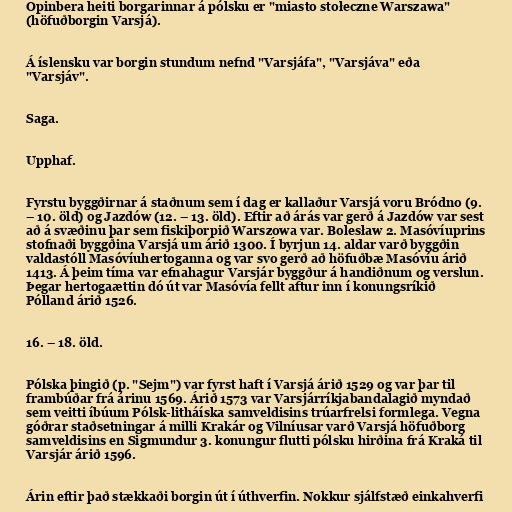
Opinbera heiti borgarinnar á pólsku er "miasto stołeczne Warszawa"
(höfuðborgin Varsjá).

Á íslensku var borgin stundum nefnd "Varsjáfa", "Varsjáva" eða
"Varsjáv".

Saga.

Upphaf.

Fyrstu byggðirnar á staðnum sem í dag er kallaður Varsjá voru Bródno (9.
– 10. öld) og Jazdów (12. – 13. öld). Eftir að árás var gerð á Jazdów var sest
að á svæðinu þar sem fiskiþorpið Warszowa var. Bolesław 2. Masóvíuprins
stofnaði byggðina Varsjá um árið 1300. Í byrjun 14. aldar varð byggðin
valdastóll Masóvíuhertoganna og var svo gerð að höfuðbæ Masóvíu árið
1413. Á þeim tíma var efnahagur Varsjár byggður á handiðnum og verslun.
Þegar hertogaættin dó út var Masóvía fellt aftur inn í konungsríkið
Pólland árið 1526.

16. – 18. öld.

Pólska þingið (p. "Sejm") var fyrst haft í Varsjá árið 1529 og var þar til
frambúðar frá árinu 1569. Árið 1573 var Varsjárríkjabandalagið myndað
sem veitti íbúum Pólsk-litháíska samveldisins trúarfrelsi formlega. Vegna
góðrar staðsetningar á milli Krakár og Vilníusar varð Varsjá höfuðborg
samveldisins en Sigmundur 3. konungur flutti pólsku hirðina frá Kraká til
Varsjár árið 1596.

Árin eftir það stækkaði borgin út í úthverfin. Nokkur sjálfstæð einkahverfi